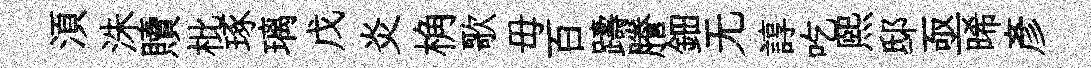
湏洙贖枇琢璃戊炎桷歌毋百躊謄鈿无諄吃熙邸亟晞彥